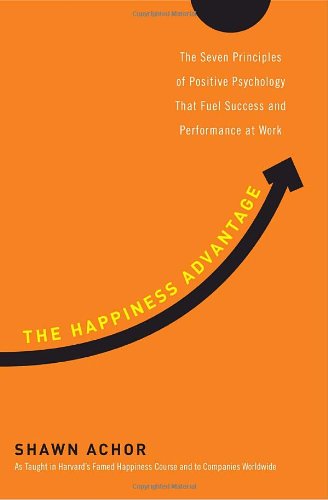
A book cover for The Happiness Advantage: The Seven Principles of Positive Psychology That Fuel Success and Performance at Work; Shawn Achor; Self-Help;